Civil Veterinary Department. Central Provinces & Berar 1925-31 - 1925-1931
Year: 1925
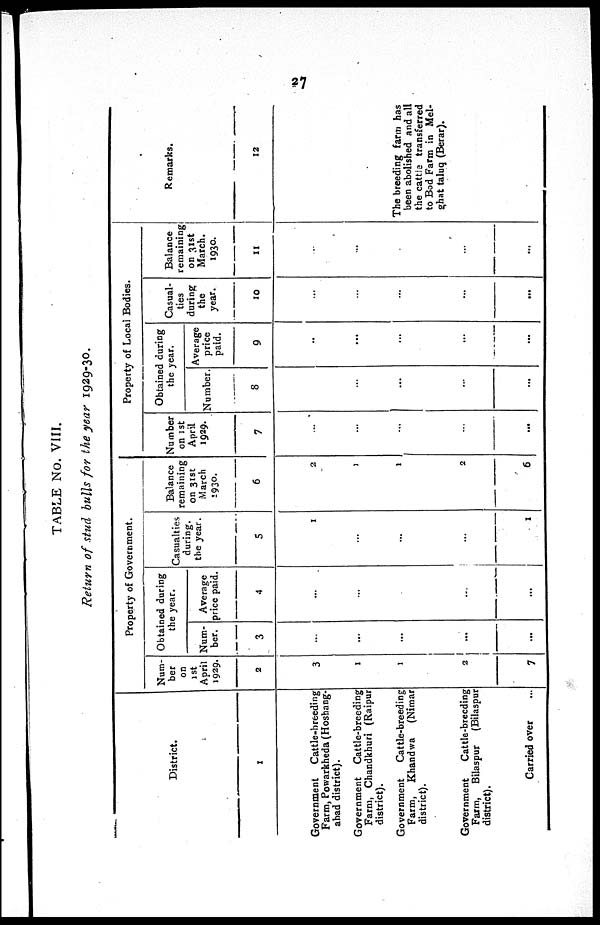
27
TABLE No. VIII.
Return of stud bulls for the year 1929-30.
District.
1
Government
Cattle-breeding
Farm, Powarkheda (Hoshang-
abad district).
Government Cattle-breeding
Farm, Chandkhuri (Raipur
district).
Government
Cattle-breeding
Farm, Khandwa
(Nimar
district).
Government
Cattle-breeding
Farm, Bilaspur (Bilaspur
district).
Carried over ...
Property of Government.
Num-
ber
on
1st
April
1929.
2
3
1
1
2
7
Obtained during
the year.
Num-
ber.
3
...
...
...
...
...
Average
price paid.
4
...
...
...
...
Casualties
during.
the year.
5
1
...
...
...
1
Balance
remaining
on 31st
March
1930.
6
2
1
1
2
6
Property of Local Bodies.
Number
on 1st
April
1929.
7
...
...
...
...
...
Obtained during
the year.
Number.
8
...
...
...
...
Average
price
paid.
9
..
...
...
...
...
Casual-
ties
during
the
year.
10
...
...
...
...
...
Balance
remaining
on 31st
March.
1930.
11
..
...
...
...
...
Remarks.
12
The breeding farm has
been abolished And all
the cattle transferred
to Bod Farm in Mel-
ghat talnq (Berar).